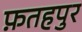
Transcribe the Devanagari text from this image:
फ़तहपुर